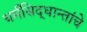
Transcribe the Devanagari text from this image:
धर्मसिद्धान्तांचे